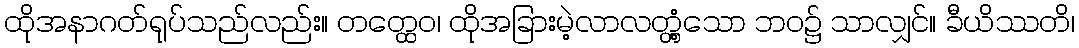
ထိုအနာဂတ်ရုပ်သည်လည်း။ တတ္ထေဝ၊ ထိုအခြားမဲ့လာလတ္တံ့သော ဘဝ၌ သာလျှင်။ ခီယိဿတိ၊